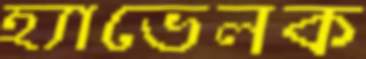
হ্যাভেলক